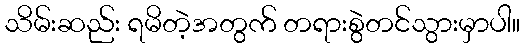
သိမ်းဆည်း ရမိတဲ့အတွက် တရားစွဲတင်သွားမှာပါ။